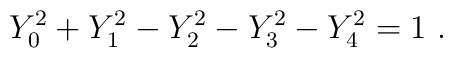
Y^2_0 + Y^2_1 - Y^2_2 - Y^2_3 - Y^2_4 = 1\ .